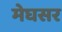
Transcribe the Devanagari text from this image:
मेघसर